Medical and sanitary report on the native army of Bombay for the year
Year: 1879
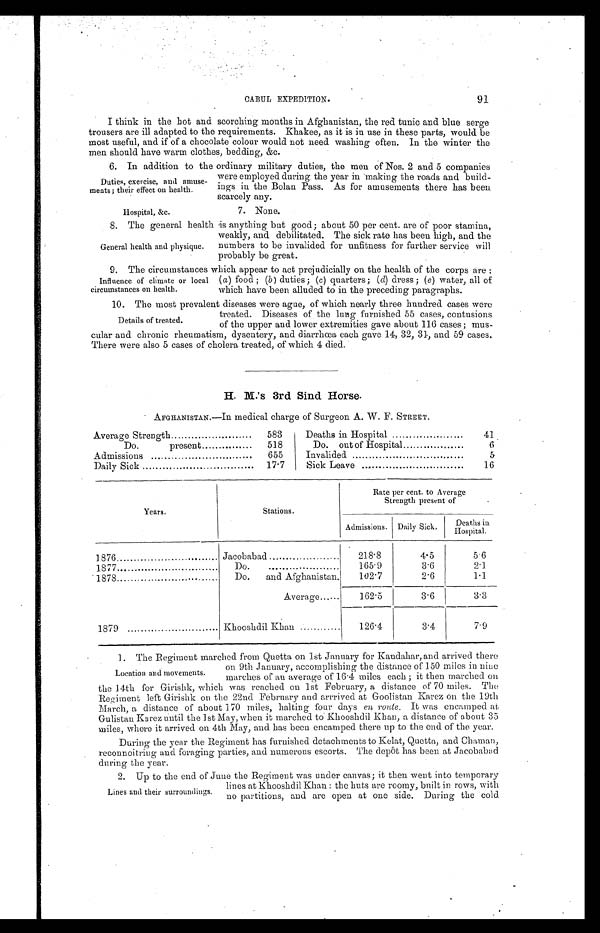
Hospital, &c.
7. None.
91
CABUL EXPEDITION.
I think in the hot and scorching months in Afghanistan, the red tunic and blue serge
trousers are ill adapted to the requirements. Khakee, as it is in use in these parts, would be
most useful, and if of a chocolate colour would not need washing often. In the winter the
men should have warm clothes, bedding, &c.
6. In addition to the ordinary military duties, the men of Nos. 2 and 5 companies
were employed during the year in making the roads and build
-ings in the Bolan Pass. As for amusements there has been
scarcely any.
Duties, exercise, and amuse
-ments; their effect on health.
8 . T h e g e n e r a l h e a l t h i s a n y t h i n g b u t g o o d ; a b o u t 5 0 p e r c e n t . a r e o f p o o r s t a m i n a ,
weakly, and debilitated. The sick rate has been high, and the
numbers to be invalided. for unfitness for further service will
probably be great.
9 . T h e c i r c u m s t a n c e s w h i c h a p p e a r t o a c t p r e j u d i c i a l l y o n t h e h e a l t h o f t h e c o r p s a r e :
( a ) food; ( b ) duties; ( c ) quarters; ( d) dress; ( e ) water, all of
which have been alluded to in the preceding paragraphs.
10. The most prevalent diseases were ague, of which nearly three hundred. cases were
treated. Diseases of the lung furnished 55 cases, contusions
of the upper and lower extremities gave about 116 cases; mus
-cular and chronic rheumatism, dysentery, and diarrhœa each gave 14, 32, 31, and 59 cases.
There were also 5 cases of cholera treated, of which 4 died.
H. M.'s 3rd Sind Horse.
AFGHANISTAN.—In medical charge of Surgeon A. W. F. STREET.
Average Strength . . .
583
Deaths in Hospital . . .
41
Do. present . . .
518
Do. out of Hospital . . .
6
Admissions . . .
655
Invalided . . .
5
Daily Sick . . .
17.7
Sick Leave . . .
16
Years.
Stations.
Rate per cent. to Average
Strength present of
Admissions. Daily Sick.
Deaths in Hospital.
1876 . . .
Jacobabad . . .
218.8
4.5
5.6
1877 . . .
D o . . . .
1 6 5 . 9
3.6
2.1
1878 . . .
Do. and Afghanistan.
102.7
2.6
1.1
Average . . .
162.5
3.6
3.3
1879 . . .
Khooshdil Khan . . .
126.4
3.4
7.9
1. The Regiment marched from Quetta on 1st January for Kandahar, and arrived there
on 9th January, accomplishing the distance of 150 miles in nine
marches of an average of 16.4 miles each; it then marched on
the 14th for Girishk, which was reached on 1st February, a distance of 70 miles. The
Regiment left Girishk on the 22nd February and arrrived at Goolistan Karez on the 19th
March, a distance of about 170 miles, halting four days en route . It was encamped at
Gulistan Karez until the 1st May, when it marched to Khooshdil Khan, a distance of about 35
miles, where it arrived on 4th May, and has been encamped there up to the end of the year.
During the year the Regiment has furnished detachments to Kelat, Quetta, and Chaman,
reconnoitring and foraging parties, and numerous escorts. The depôt has been at Jacobabad
during the year.
General health and physique.
Influence of climate or local
circumstances on health.
Details of treated.
Location and movements.
Lines and their surroundings.
2. Up to the end of June the Regiment was under canvas; it then went into temporary
lines at Khooshdil Khan: the huts are roomy, built in rows, with
no partitions, and are open at one side. During the cold